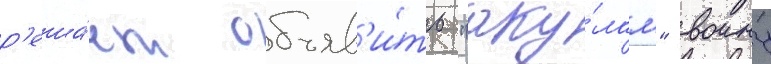
р'еша́ет объяв'и́ть "аку́лам" воину